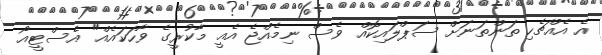
އެ އެއްޗެހި ތަންތަނަށް ސަޕްލައިކޮއް ވެސް ނިމެއްޖެ އެއީ މާކުރީގެ ވާހަކައެއް" އެސްޓީއޯ